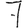
Digit: 7